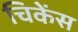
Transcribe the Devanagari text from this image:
चिकेंस